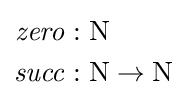
{\begin{aligned}{\mathit {zero}}&:\mathrm {N} \\{\mathit {succ}}&:\mathrm {N} \rightarrow \mathrm {N} \end{aligned}}